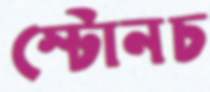
স্টোনচ